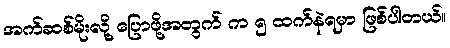
အက်ဆစ်မိုးလို့ ပြောဖို့အတွက် က ၅ ထက်နဲရမှာ ဖြစ်ပါတယ်။